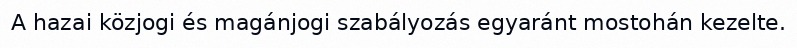
A hazai közjogi és magánjogi szabályozás egyaránt mostohán kezelte.